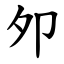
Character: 夘